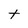
Character: t